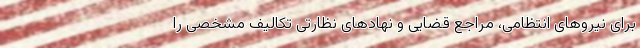
برای نیروهای انتظامی، مراجع قضایی و نهادهای نظارتی تکالیف مشخصی را